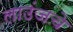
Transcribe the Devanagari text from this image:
लाउंजचे